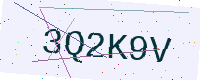
Text: 3Q2K9V